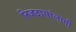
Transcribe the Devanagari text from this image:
निजदासांलागी